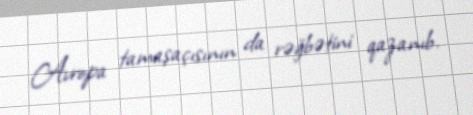
Avropa tamaşaçısının da rəğbətini qazanıb.